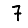
Digit: 7